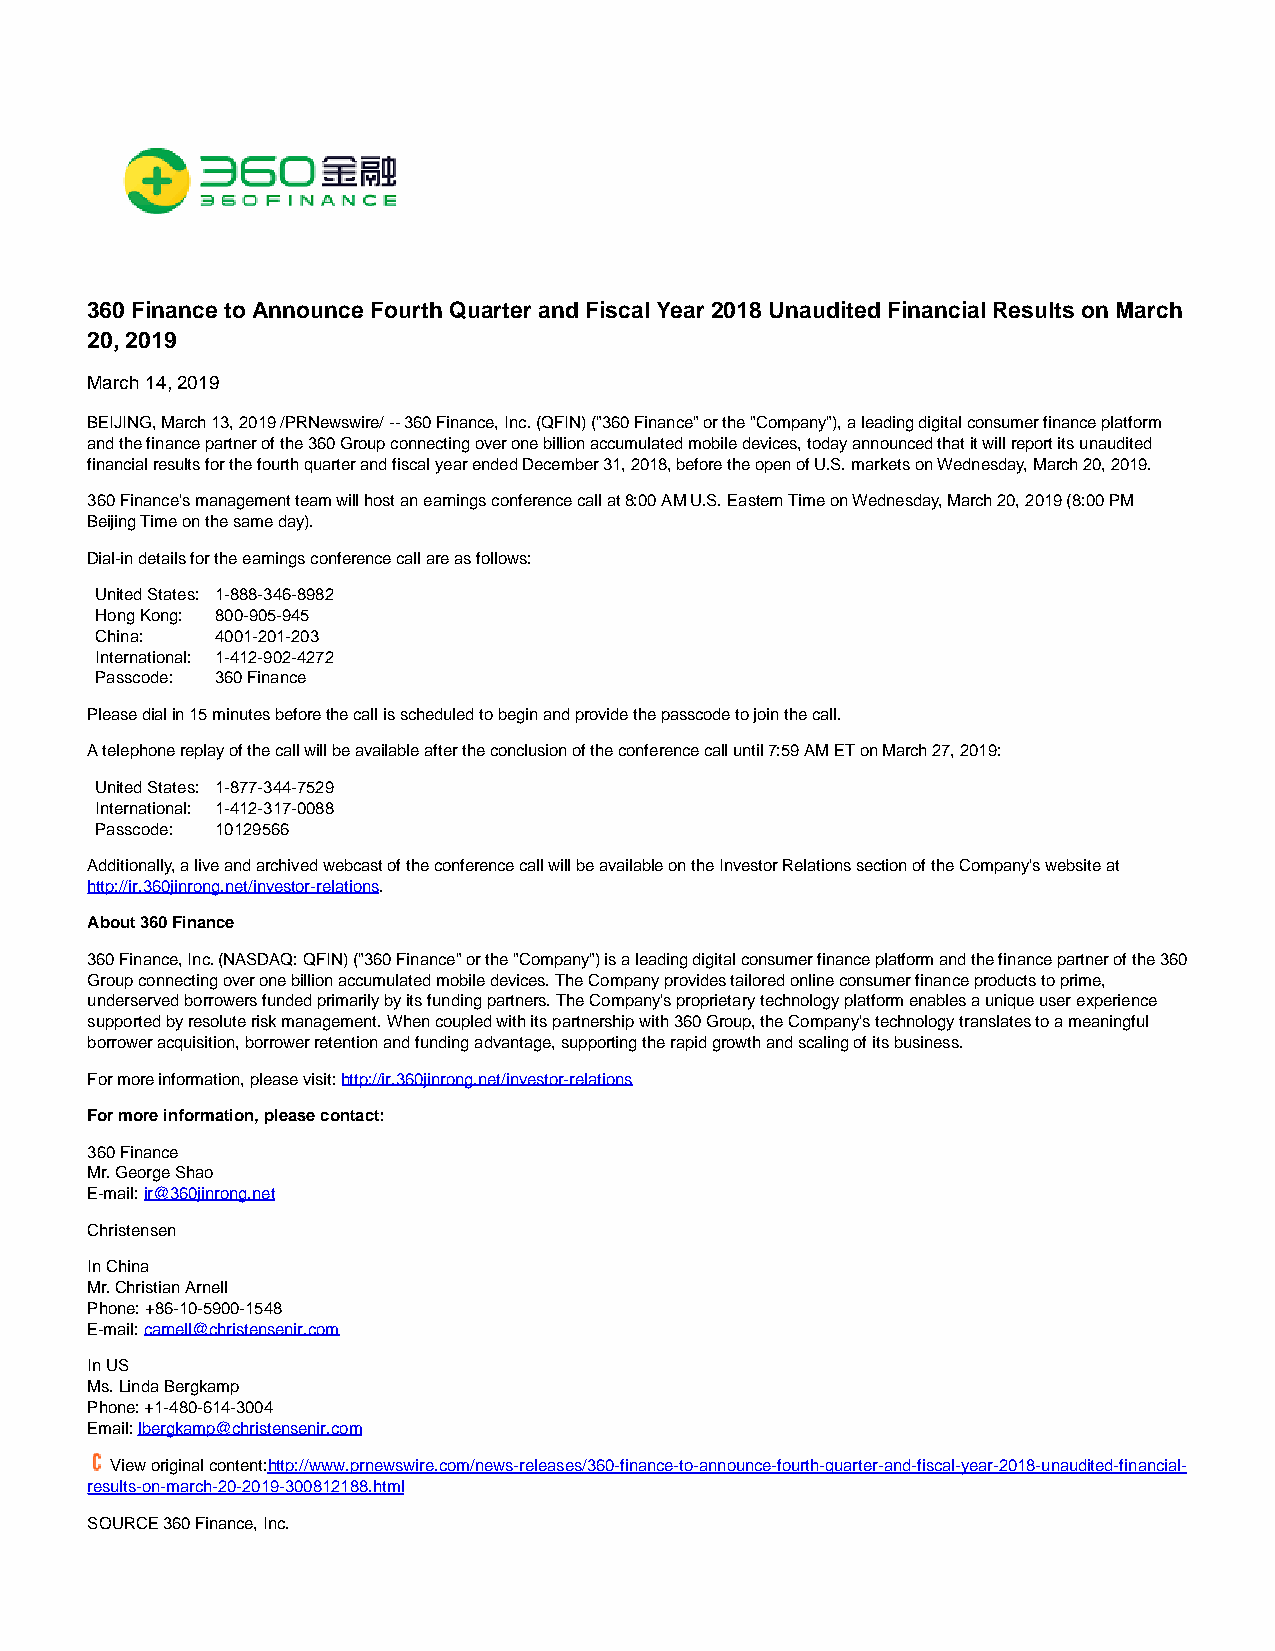
360 Finance to Announce Fourth Quarter and Fiscal Year 2018 Unaudited Financial Results on March
 20, 2019
 March 14, 2019
 BEIJING, March 13, 2019 /PRNewswire/ -- 360 Finance, Inc. (QFIN) ("360 Finance" or the "Company"), a leading digital consumer finance platform
 and the finance partner of the 360 Group connecting over one billion accumulated mobile devices, today announced that it will report its unaudited
 financial results for the fourth quarter and fiscal year ended December 31, 2018, before the open of U.S. markets on Wednesday, March 20, 2019.
 360 Finance's management team will host an earnings conference call at 8:00 AM U.S. Eastern Time on Wednesday, March 20, 2019 (8:00 PM
 Beijing Time on the same day).
 Dial-in details for the earnings conference call are as follows:
 United States: 1-888-346-8982
 Hong Kong: 800-905-945
 China:  4001-201-203
 International: 1-412-902-4272
 Passcode: 360 Finance
 Please dial in 15 minutes before the call is scheduled to begin and provide the passcode to join the call.
 A telephone replay of the call will be available after the conclusion of the conference call until 7:59 AM ET on March 27, 2019:
 United States: 1-877-344-7529
 International: 1-412-317-0088
 Passcode: 10129566
 Additionally, a live and archived webcast of the conference call will be available on the Investor Relations section of the Company's website at
 http://ir.360jinrong.net/investor-relations.
 About 360 Finance
 360 Finance, Inc. (NASDAQ: QFIN) ("360 Finance" or the "Company") is a leading digital consumer finance platform and the finance partner of the 360
 Group connecting over one billion accumulated mobile devices. The Company provides tailored online consumer finance products to prime,
 underserved borrowers funded primarily by its funding partners. The Company's proprietary technology platform enables a unique user experience
 supported by resolute risk management. When coupled with its partnership with 360 Group, the Company's technology translates to a meaningful
 borrower acquisition, borrower retention and funding advantage, supporting the rapid growth and scaling of its business.
 For more information, please visit: http://ir.360jinrong.net/investor-relations
 For more information, please contact:
 360 Finance
 Mr. George Shao
 E-mail: ir@360jinrong.net
 Christensen
 In China
 Mr. Christian Arnell
 Phone: +86-10-5900-1548
 E-mail: carnell@christensenir.com
 In US
 Ms. Linda Bergkamp
 Phone: +1-480-614-3004
 Email: lbergkamp@christensenir.com
 View original content:http://www.prnewswire.com/news-releases/360-finance-to-announce-fourth-quarter-and-fiscal-year-2018-unaudited-financial-
 results-on-march-20-2019-300812188.html
 SOURCE 360 Finance, Inc.